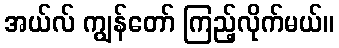
အယ်လ် ကျွန်တော် ကြည့်လိုက်မယ်။